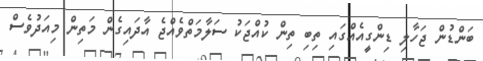
ބަންޑުން ޖަހާލި ޑިންގީއެއްގައި ތިބި ތިން ކުއްޖަކު ސަލާމަތްވެއްޖެ އާދައިގެން މަތިން މިއަދުވެސް